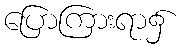
ပြောကြားရာ၌